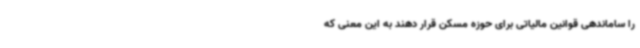
را ساماندهی قوانین مالیاتی برای حوزه مسکن قرار دهند به این معنی که